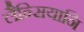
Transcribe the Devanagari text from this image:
लैन्सियानि